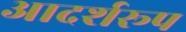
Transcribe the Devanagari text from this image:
आदर्शरूप